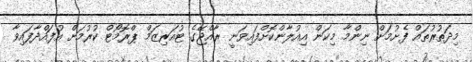
މިދަތުރުތައް ފެށުމަށް ނިންމާ މިކަން އިއުލާންކޮށްފައިވަނީ ރާއްޖޭގެ ޓުއަރިޒަމް ޕްރޮމޯޓް ކުރުމަށް އުފައްދާފައިވާ